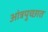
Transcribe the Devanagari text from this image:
आंत्रपुच्छात